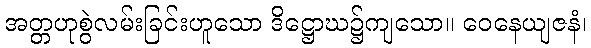
အတ္တဟုစွဲလမ်းခြင်းဟူသော ဒိဋ္ဌောဃ၌ကျသော။ ဝေနေယျဇနံ၊